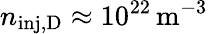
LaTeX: n_{\mathrm{inj,D}}\approx 10^{22}\, \mathrm{m^{-3}}